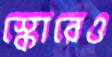
স্কোরেও